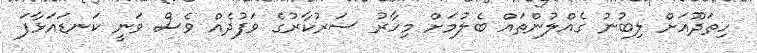
ހިތަދޫއަށް ލިބުނު ގެއްލުންތައް ބެލުމަށް މިހާރު ސަރުކާރުގެ ވަފުދެއް ވެސް ވަނީ ކަނޑައަޅާފަ